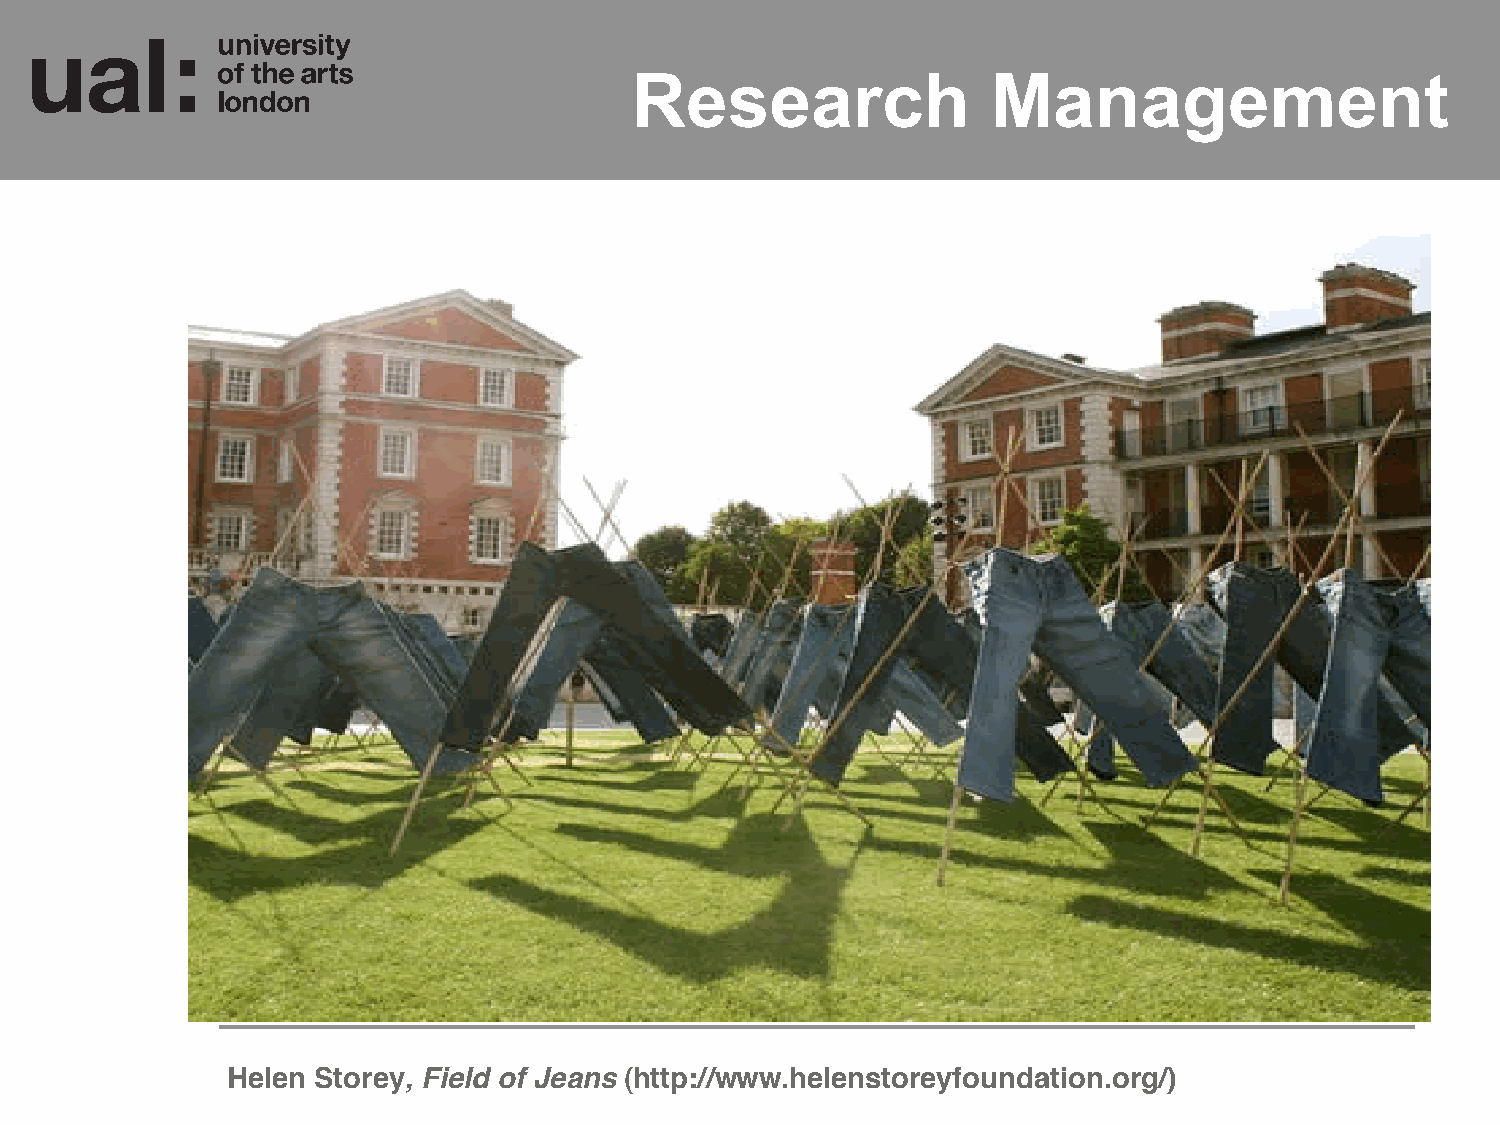
Research                Management
 Helen Storey, Field of Jeans (http://www.helenstoreyfoundation.org/)!